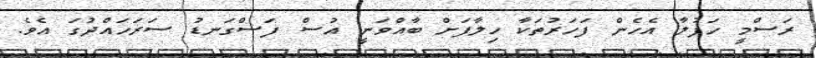
ރަސްމީ ހަފުލާ އެހެން ފަހަރުތަކާ ހިލާފަށް ބާއްވަނީ އުސް ފަސްގަނޑު ސަރަހައްދުގަ އެވެ.